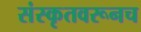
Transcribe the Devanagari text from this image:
संस्कृतवरूनच